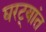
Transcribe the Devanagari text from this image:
घरट्यांत